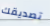
تصديقك